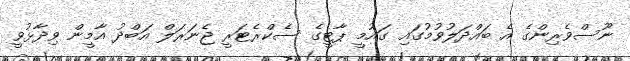
ނޫސްވެރިންގެ އެ ބައްދަލުވުމުގައި ގައުމީ ޕާޓީގެ ސެކްރެޓަރީ ޖެނަރަލް އަބްދު އާމީން ވިދާޅުވީ